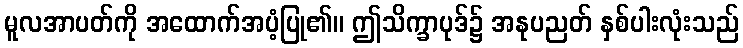
မူလအာပတ်ကို အထောက်အပံ့ပြု၏။ ဤသိက္ခာပုဒ်၌ အနုပညတ် နှစ်ပါးလုံးသည်